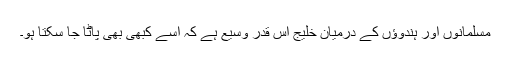
مسلمانوں اور ہندوؤں کے درمیان خلیج اس قدر وسیع ہے کہ اسے کبھی بھی پاٹا جا سکتا ہو۔